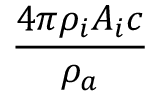
\frac { 4 \pi \rho _ { i } A _ { i } c } { \rho _ { a } }